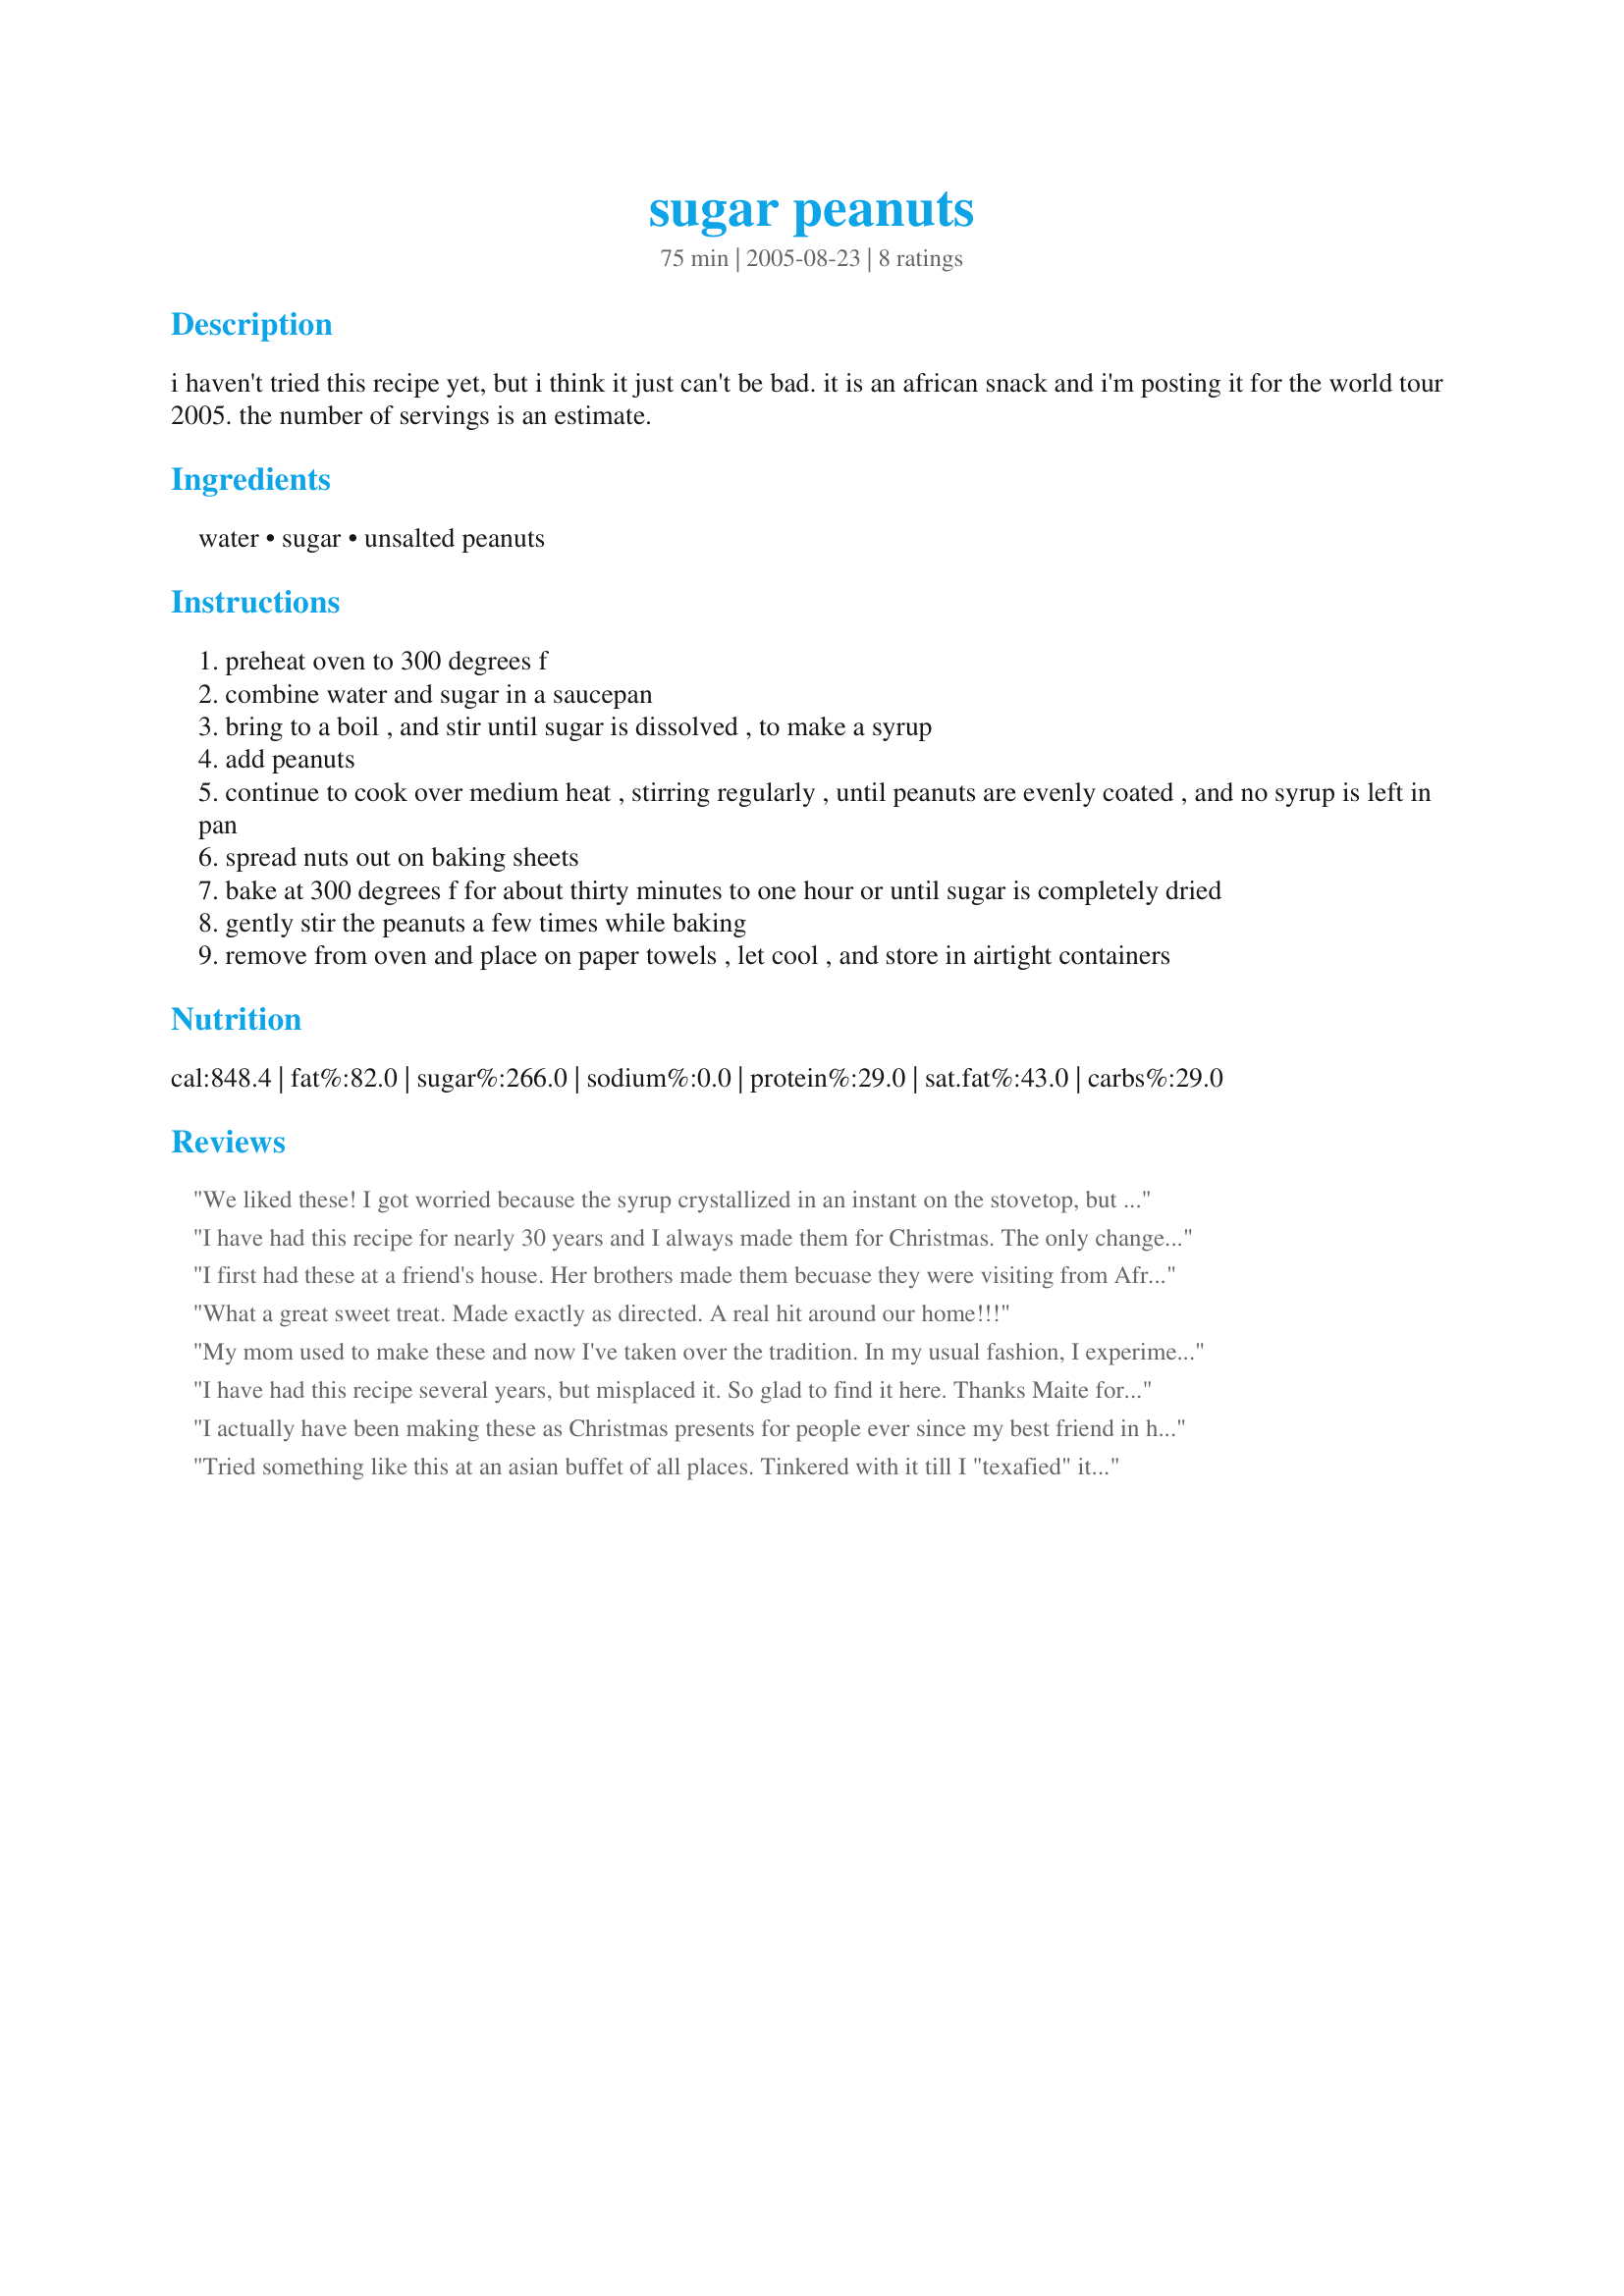
sugar peanuts
Preparation time: 75 minutes

i haven't tried this recipe yet, but i think it just can't be bad. it is an african snack and i'm posting it for the world tour 2005. the number of servings is an estimate.

Ingredients:
water, sugar, unsalted peanuts

Steps:
preheat oven to 300 degrees f
combine water and sugar in a saucepan
bring to a boil , and stir until sugar is dissolved , to make a syrup
add peanuts
continue to cook over medium heat , stirring regularly , until peanuts are evenly coated , and no syrup is left in pan
spread nuts out on baking sheets
bake at 300 degrees f for about thirty minutes to one hour or until sugar is completely dried
gently stir the peanuts a few times while baking
remove from oven and place on paper towels , let cool , and store in airtight containers

Reviews:
We liked these! I got worried because the syrup crystallized in an instant on the stovetop, but they turned out fine after baking. Next time I will add a bit of salt. Thank you for posting Maite! Made for ZWT, please see my rating system as I rate tougher than most.
I have had this recipe for nearly 30 years and I always made them for Christmas. The only change I make is to add red food colouring towards the end of cooking in saucepan time. They are nearly always coloured red in Australia, although if we use almonds instead we don't use any food colouring. They taste great either way. Thanks for posting this, it has saved me.
I first had these at a friend's house. Her brothers made them becuase they were visiting from Africa since they're Missionaries. I also had some at her house that were actually from Africa. I am giving it 5 stars becasue my husband loved them so much. I like the original ones from Africa better, though. This was really easy to make. I just left them in a little too long and they were a tad too brown. I doubted that I could find the recipe, so thank you for posting it!
What a great sweet treat. Made exactly as directed. A real hit around our home!!!
My mom used to make these and now I've taken over the tradition. In my usual fashion, I experimented with the recipe. In one batch, I added 4 tablespoons of butter - that adds a touch of salt and some crunch! The next batch I used half brown sugar. This makes them taste like peanuts you get in caramel corn. All varieties a bit hit at home and the office!
I have had this recipe several years, but misplaced it. So glad to find it here. Thanks Maite for posting this recipe. Better than I remembered it to be!!
I actually have been making these as Christmas presents for people ever since my best friend in high school gave me the recipe (nearly half a century ago... well, 40 years anyway :-) They are particularly good to give to vegan friends. I LOVE them. And had no idea it is an African snack. Thanks so much for posting.
Tried something like this at an asian buffet of all places. Tinkered with it till I "texafied" it, with rave reviews from my whole family.
Try a dash of your favorite red pepper and some ginger (powder crystalized or fresh) during the syrup bath. And a dash of kosher salt during the cooling sets everything to rights.
Easy to make, addictive coffee table snack to be sure.
